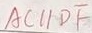
A C / / D F